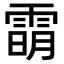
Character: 𬯿